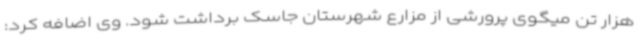
هزار تن میگوی پرورشی از مزارع شهرستان جاسک برداشت شود. وی اضافه کرد: